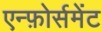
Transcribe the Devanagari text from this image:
एन्फ़ोर्समेंट